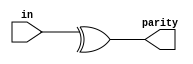
// This program was cloned from: https://github.com/milind7777/VerilogDocGen
// License: MIT License

module reduction (
  input [7:0] in,
  output parity

);

  assign parity = ^in;

endmodule